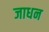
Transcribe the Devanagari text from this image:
जाधन